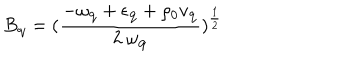
B _ { { \bf { q } } } = ( \frac { - \omega _ { { \bf { q } } } + \epsilon _ { { \bf { q } } } + \rho _ { 0 } v _ { { \bf { q } } } } { 2 \mathrm { ~ } \omega _ { { \bf { q } } } } ) ^ { \frac { 1 } { 2 } }